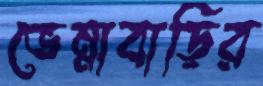
ভেন্নাবাড়ির